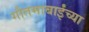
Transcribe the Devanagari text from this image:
गौतमाबाईंच्या